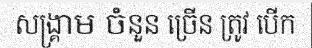
សង្គ្រាម ចំនួន ច្រើន ត្រូវ បើក